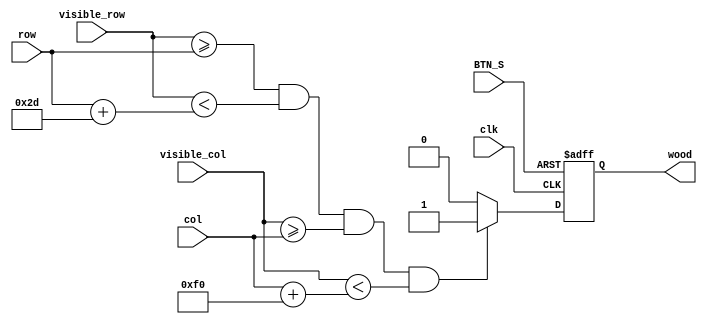
module bottle_wood(clk,BTN_S,visible_col,visible_row,col,row,wood);

input clk,BTN_S;
input [10:0]visible_col,visible_row,col,row;
output reg wood;

always @(posedge clk or posedge BTN_S) begin
	if (BTN_S) begin
		wood <= 0;
	end
	else if ( visible_row >= row && visible_row < row + 45 && visible_col >= col && visible_col < col + 240)
		wood <= 1;
	else begin
		wood <= 0;
	end
end

endmodule